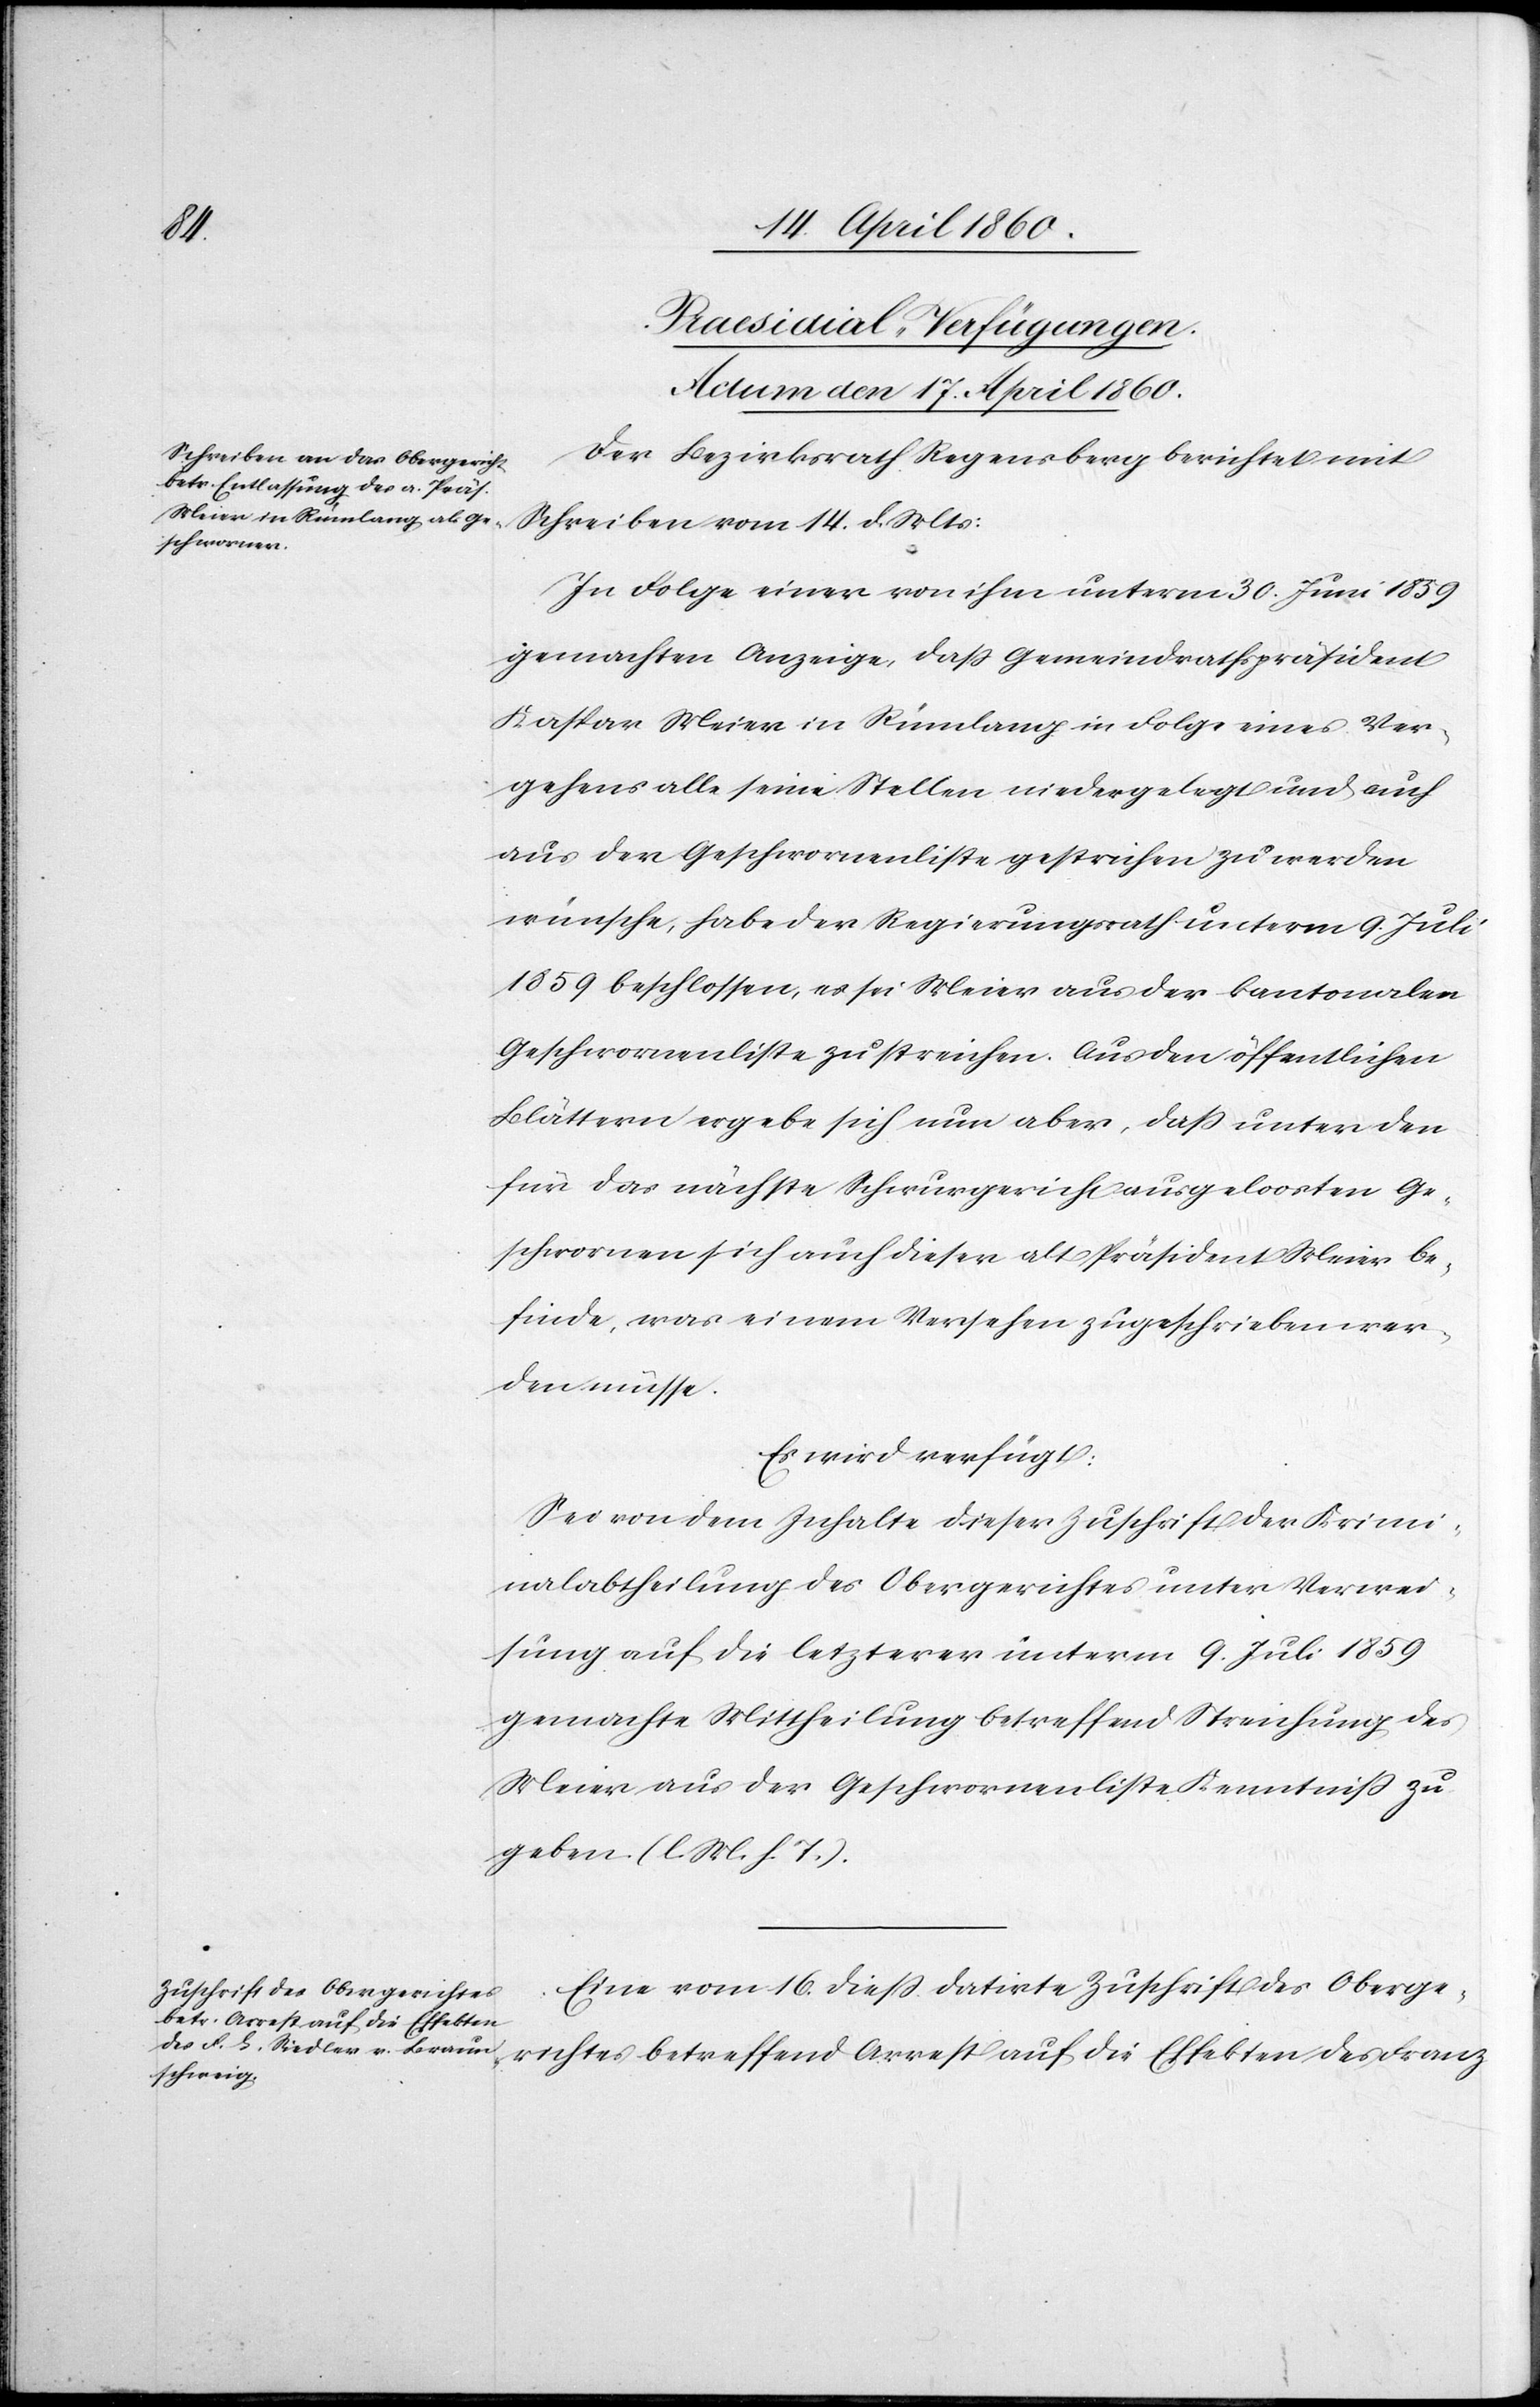
[Praesidial-Verfügungen.
Actum den 17. April 1860.]
Der Bezirksrath Regensberg berichtet mit
Schreiben vom 14. d. Mts:
In Folge einer von ihm unterm 30. Juni 1859
gemachten Anzeige, dass Gemeindrathspräsident
Kaspar Meier in Rümlang in Folge eines Ver¬
gehens alle seine Stellen niedergelegt und auch
aus der Geschworenenliste gestrichen zu werden
wünsche, habe der Regierungsrath unterm 9. Juli
1859 beschlossen, es sei Meier aus der kantonalen
Geschworenenliste zu streichen. Aus den öffentlichen
Blättern ergebe sich nun aber, dass unter den
für das nächste Schwurgericht ausgeloosten Ge¬
schworenen sich auch dieser alt Präsident Meier be¬
finde, was einem Versehen zugeschrieben wer¬
den müsse.
Es wird verfügt:
Sei von dem Inhalte dieser Zuschrift der Krimi¬
nalabtheilung des Obergerichtes unter Verwei¬
sung auf die letzterer unterm 9. Juli 1859
gemachte Mittheilung betreffend Streichung des
Meier aus der Geschworenenliste Kenntniss zu
geben. [l. M. h. T]
Eine vom 16. diess datirte Zuschrift des Oberge¬
richtes betreffend Arrest auf die Effekten des Franz